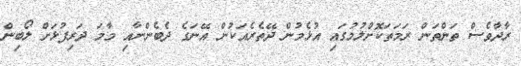
ރާދާވެސް ތަންތަން ރަމަތަކޮށްލުމުގައި އުޅެމުން ދޭތެރެއަކުން އޭނަގެ ދެބެންނާއި މާމަ ދަރިފުޅަށް ލޯބިން